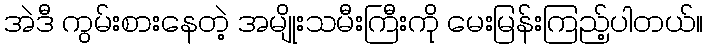
အဲဒီ ကွမ်းစားနေတဲ့ အမျိုးသမီးကြီးကို မေးမြန်းကြည့်ပါတယ်။